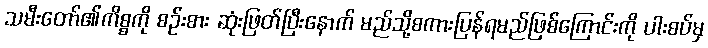
သမီးတော်၏ကိစ္စကို စဉ်းစား ဆုံးဖြတ်ပြီးနောက် မည်သို့စကားပြန်ရမည်ဖြစ်ကြောင်းကို ပါးစပ်မှ